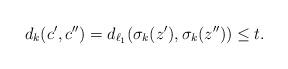
LaTeX: \begin{align*} d_k(c',c'') = d_{\ell_1}(\sigma_k(z'),\sigma_k(z''))\leq t. \end{align*}